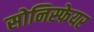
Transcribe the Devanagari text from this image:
सोनिस्फेयर